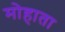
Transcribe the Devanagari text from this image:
मोहाता